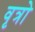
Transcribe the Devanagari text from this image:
वृत्रो